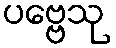
ပဗ္ဗေသု